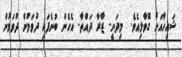
ޝައިހާއަށް ގޮވާލިއެވެ.  މިދަނީ.. ޒާރާ ދައްތާ.. އެހެން ބުނެފައި ދުވަމުން ދުވަމުން